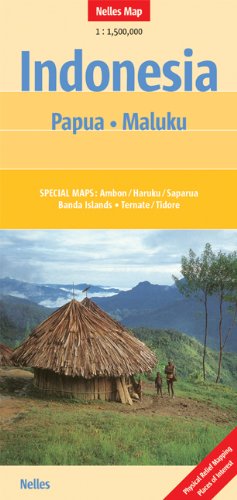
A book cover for Papua/Maluku (Nelles Map); Nelles Verlag GmbH; Travel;